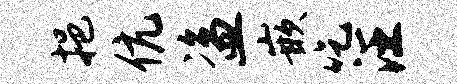
挹伉盗嵌吃汪